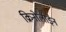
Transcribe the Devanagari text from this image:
क्रिनोलाईन